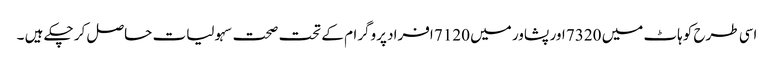
اسی طرح کوہاٹ میں 7320 اور پشاور میں 7120 افراد پروگرام کے تحت صحت سہولیات حاصل کر چکے ہیں ۔